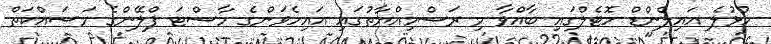
ހުޅުލެ އައިލެންޑް ހޮޓެލްގައި ބާއްވާ މި ރަސްމިއްޔާތުގައި އައިހެވަންގެ މާސްޓަ ޕްލޭންގެ މަސައްކަތް